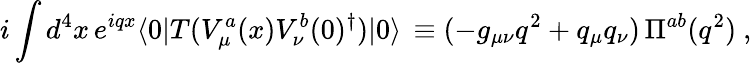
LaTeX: i\int d^{4}x\, e^{iqx}\langle 0|T(V_{\mu}^{a}(x)V_{\nu}^{b}(0)^{\dagger})|0\rangle\, \equiv(-g_{\mu\nu}q^{2}+q_{\mu}q_{\nu})\, \Pi^{ab}(q^{2})\ ,